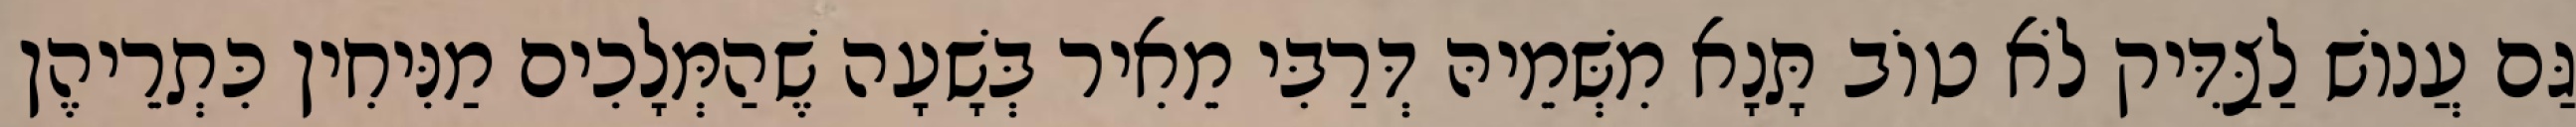
גַּם עֲנוֹשׁ לַצַּדִּיק לֹא טוֹב תָּנָא מִשְּׁמֵיהּ דְּרַבִּי מֵאִיר בְּשָׁעָה שֶׁהַמְּלָכִים מַנִּיחִין כִּתְרֵיהֶן